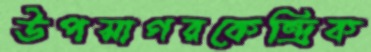
উপসাগরকেন্দ্রিক